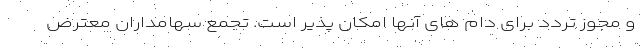
و مجوز تردد برای دام های آنها امکان پذیر است. تجمع سهامداران معترض